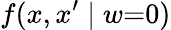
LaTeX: f(x,x^{\prime}\mid w{=}0)